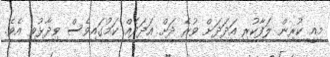
މިއީ ކުރިން ލަފާކުރި އަދަދަށް ވުރެ ދަށް އަދަދެއް ކަމުގައިވެސް ވިދާޅުވި އެވެ.